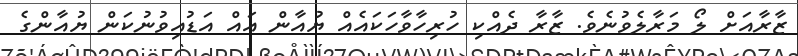
ޒާރާއަށް ލޯ މަރާލެވުނެވެ. ޒާރާ ދެއްކި ހުރިހާވާހަކައެއް ޔުއާން އައް އަޑުއިވުނުކަން ޔުއާންގެ